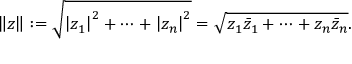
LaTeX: \left\| { \boldsymbol { z } } \right\| : = { \sqrt { \left| z _ { 1 } \right| ^ { 2 } + \cdots + \left| z _ { n } \right| ^ { 2 } } } = { \sqrt { z _ { 1 } { \bar { z } } _ { 1 } + \cdots + z _ { n } { \bar { z } } _ { n } } } .